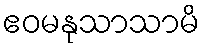
ဧဝမနုသာသာမိ